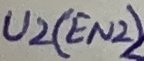
Text: U2(EN2)